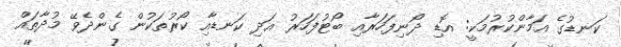
ކަނޑުގެ އަމާންކުރުމަކީ: އޮޑި ދޯނިފަހަރާއި ބޯޓުފަހަރު އަދި ކަނޑާއި ކޯރުތަކުން ގެންދެވޭ މުދާތައް